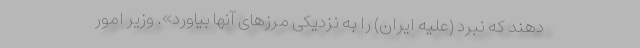
دهند که نبرد (علیه ایران) را به نزدیکی مرزهای آنها بیاورد». وزیر امور